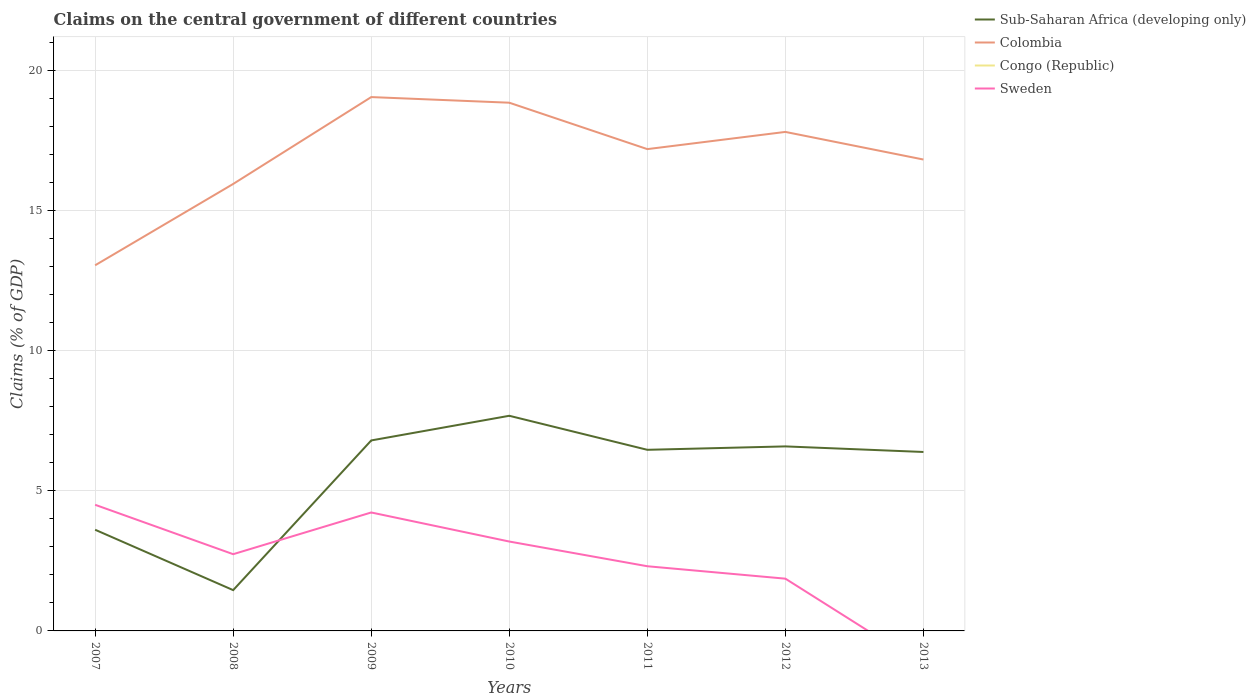
| Years | Sub-Saharan Africa (developing only) | Colombia | Congo (Republic) | Sweden |
 | --- | --- | --- | --- | --- |
 | 2007 | 3.61 | 13 | -9.62 | 4.5 |
 | 2008 | 1.46 | 15.9 | -19.1 | 2.74 |
 | 2009 | 6.8 | 19 | -19.7 | 4.23 |
 | 2010 | 7.68 | 18.8 | -21.3 | 3.19 |
 | 2011 | 6.46 | 17.2 | -24.1 | 2.31 |
 | 2012 | 6.58 | 17.8 | -18.8 | 1.86 |
 | 2013 | 6.38 | 16.8 | -18.9 | -1.24 |